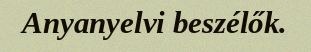
Anyanyelvi beszélők.